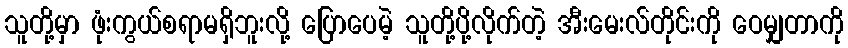
သူတို့မှာ ဖုံးကွယ်စရာမရှိဘူးလို့ ပြောပေမဲ့ သူတို့ပို့လိုက်တဲ့ အီးမေးလ်တိုင်းကို ဝေမျှတာကို